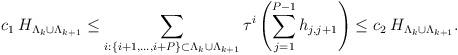
LaTeX: \begin{align*}c_1\:H_{\Lambda_k\cup\Lambda_{k+1}}\leq\sum_{i : \{i+1,...,i+P\}\subset\Lambda_k\cup\Lambda_{k+1}}\tau^i\left(\sum_{j=1}^{P-1}h_{j,j+1}\right)\leq c_2\:H_{\Lambda_k\cup\Lambda_{k+1}}.\end{align*}